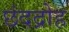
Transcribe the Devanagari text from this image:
छंदद्रोह